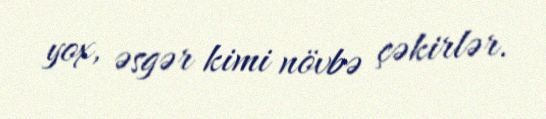
yox, əsgər kimi növbə çəkirlər.